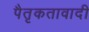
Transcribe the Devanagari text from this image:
पैतृकतावादी